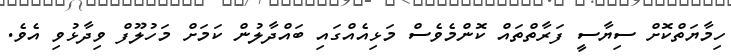
ހިމާޔަތްކޮށް ސިޔާސީ ފަރާތްތައް ކޮންމެވެސް މަޅިއެއްގައި ބައްދާލުން ކަމަށް މަހުލޫފް ވިދާޅުވި އެވެ.